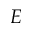
E